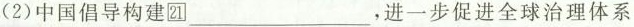
(2) 中国倡导构建21___，进一步促进全球治理体系